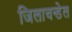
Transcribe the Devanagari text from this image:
जिलाचन्डेल